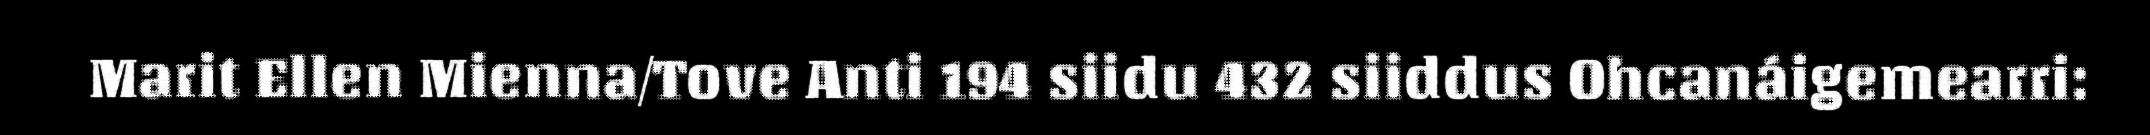
Marit Ellen Mienna/Tove Anti 194 siidu 432 siiddus Ohcanáigemearri: